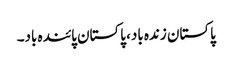
پاکستان زندہ باد، پاکستان پائندہ باد۔